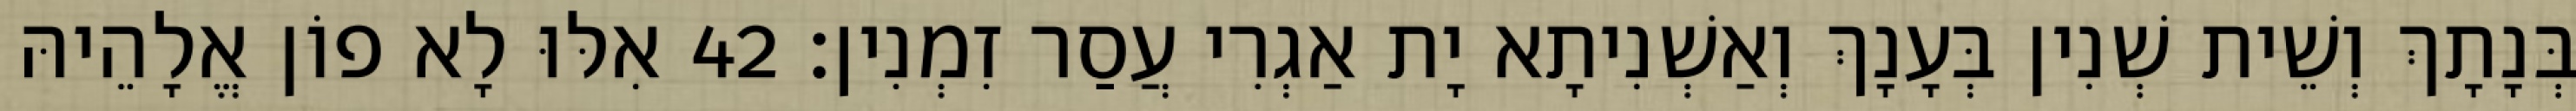
בְּנָתָךְ וְשֵׁית שְׁנִין בְּעָנָךְ וְאַשְׁנִיתָא יָת אַגְרִי עֲסַר זִמְנִין׃ 42 אִלּוּ לָא פוֹן אֱלָהֵיהּ